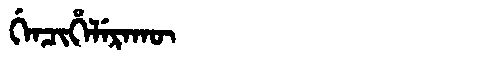
Manchu: ᡤᡝᠨᠴᡳᡥᡝᠯᡝᡵᠠᡴᡡ
Romanization: GENCIHELERAKŪ